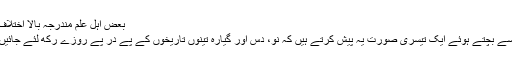
بعض اہل علم مندرجہ بالا اختلاف
سے بچتے ہوئے ایک تیسری صورت یہ پیش کرتے ہیں کہ نو، دس اور گیارہ تینوں تاریخوں کے پے در پے روزے رکھ لئے جائیں۔